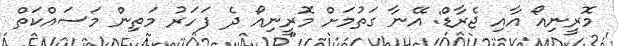
މޮރީނިއޯ އާއި ޖެރާޑް: އޭނާ ގަތުމަށް މޮރީނިއޯ ދެ ފަހަރު މަތިން މަސައްކަތް